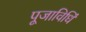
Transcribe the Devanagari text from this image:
पूजाविधिं